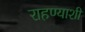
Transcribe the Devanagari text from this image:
राहण्याशी